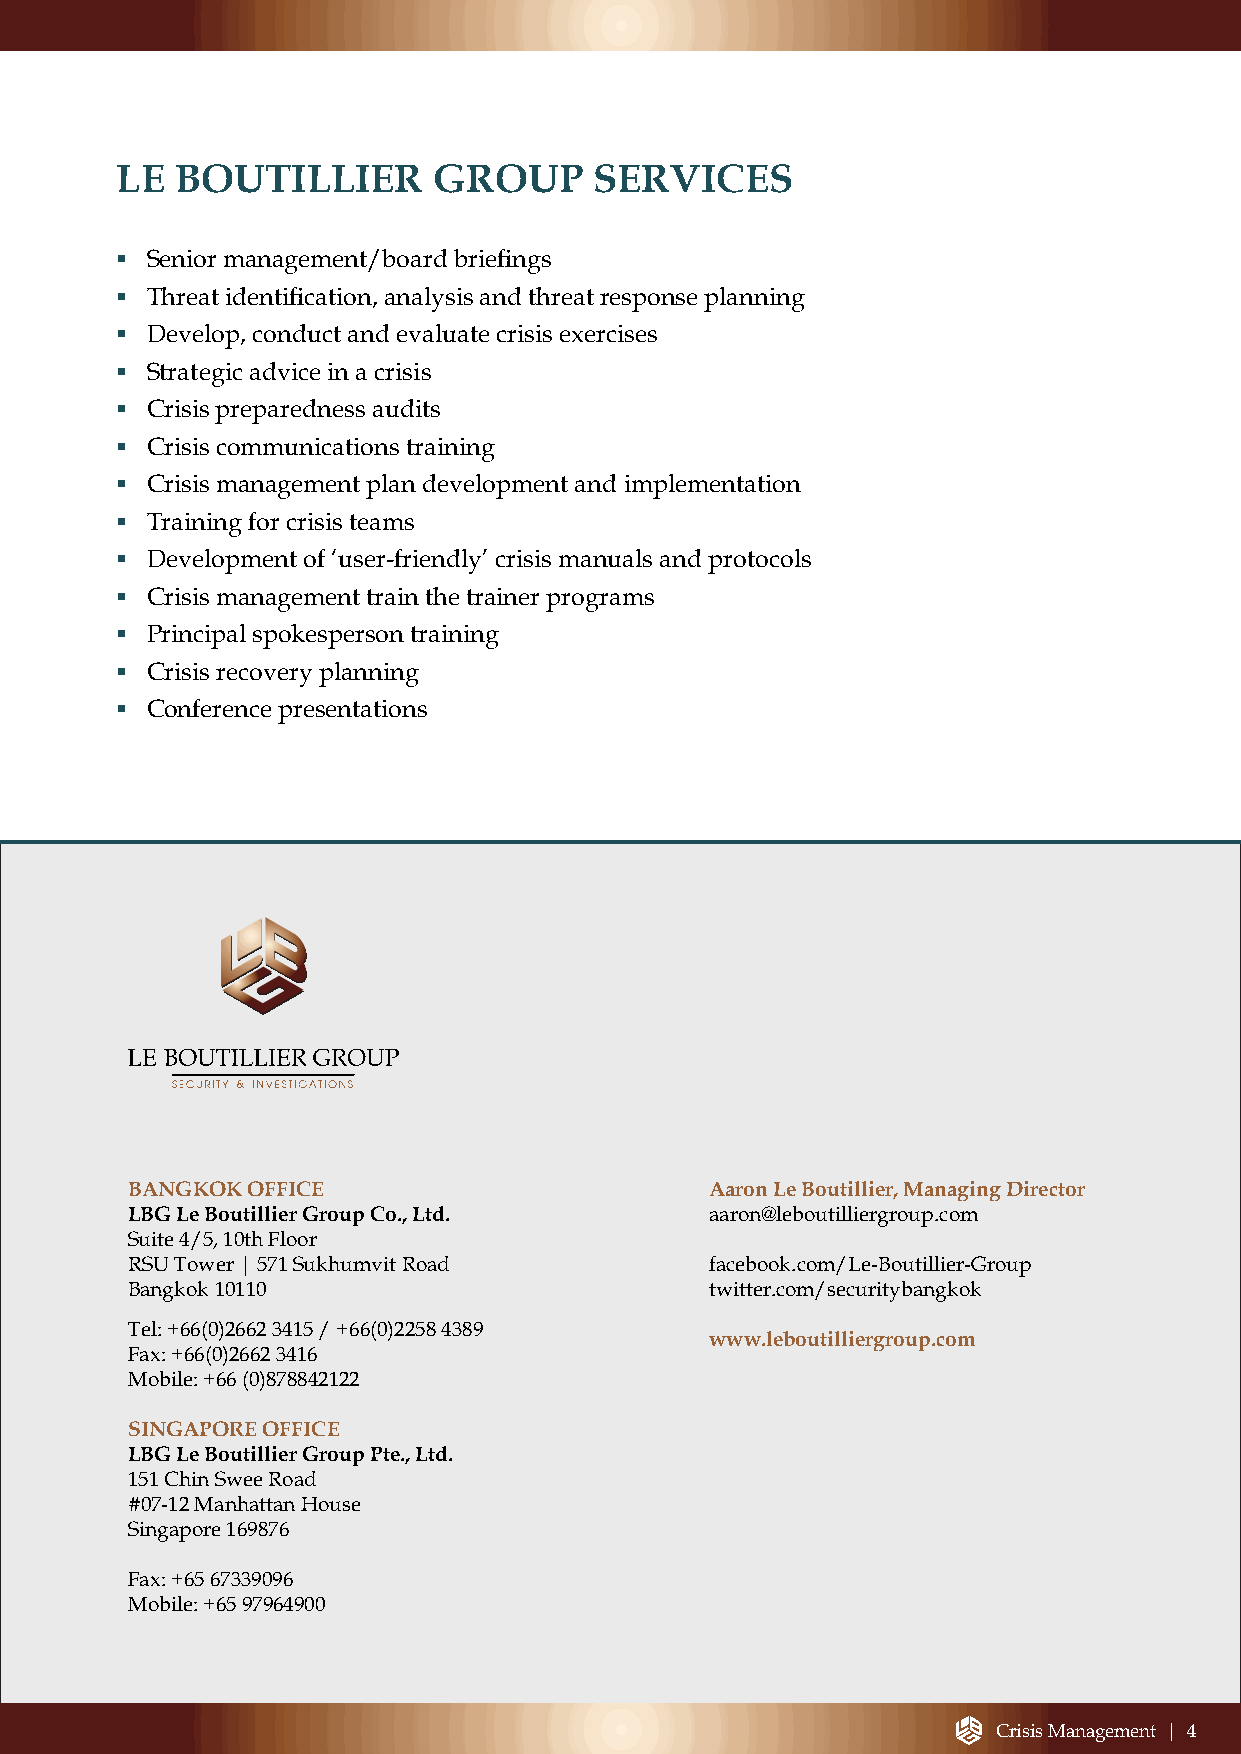
LE  BOUTILLIER       GROUP     SERVICES
 ▪ Senior management/board briefings
 ▪ Threat identification, analysis and threat response planning
 ▪ Develop, conduct and evaluate crisis exercises
 ▪ Strategic advice in a crisis
 ▪ Crisis preparedness audits
 ▪ Crisis communications training
 ▪ Crisis management plan development and implementation
 ▪ Training for crisis teams
 ▪ Development of ‘user-friendly’ crisis manuals and protocols
 ▪ Crisis management train the trainer programs
 ▪ Principal spokesperson training
 ▪ Crisis recovery planning
 ▪ Conference presentations
 BANGKOK OFFICE                         Aaron Le Boutillier, Managing Director
 LBG Le Boutillier Group Co., Ltd.      aaron@leboutilliergroup.com
 Suite 4/5, 10th Floor
 RSU Tower | 571 Sukhumvit Road         facebook.com/Le-Boutillier-Group
 Bangkok 10110                          twitter.com/securitybangkok
 Tel: +66(0)2662 3415 / +66(0)2258 4389
 www.leboutilliergroup.com
 Fax: +66(0)2662 3416
 Mobile: +66 (0)878842122
 SINGAPORE OFFICE
 LBG Le Boutillier Group Pte., Ltd.
 151 Chin Swee Road
 #07-12 Manhattan House
 Singapore 169876
 Fax: +65 67339096
 Mobile: +65 97964900
 Crisis Management | 4